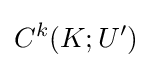
C^{k}(K;U')